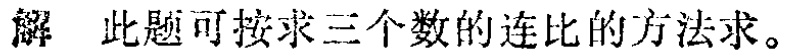
解 此题可按求三个数的连比的方法求。